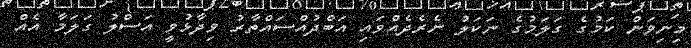
މިނިވަން ކަމުގެ ގަލަމުގެ ނަކަލު ނެރެދެއްވައި އަބްދުއްސައްތާރު ވިދާޅުވީ އަސްލު ގަލަމާ އެއް